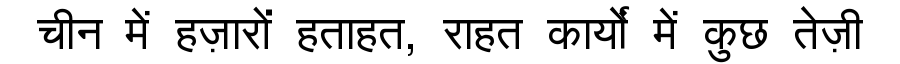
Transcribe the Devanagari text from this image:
चीन में हज़ारों हताहत, राहत कार्यों में कुछ तेज़ी